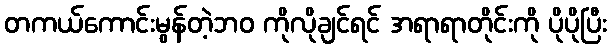
တကယ်ကောင်းမွန်တဲ့ဘဝ ကိုလိုချင်ရင် အရာရာတိုင်းကို ပိုပိုပြီး